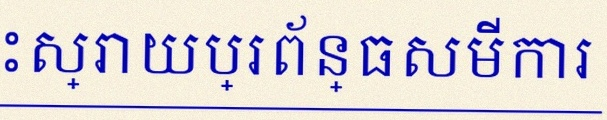
ដោះស្រាយប្រព័ន្ធសមីការ